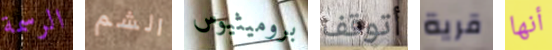
الرسمة الشم بروميثيوس أتوقف قرية أنها